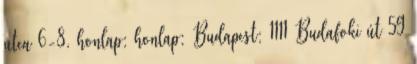
utca 6-8. honlap: honlap: Budapest: 1111 Budafoki út 59